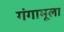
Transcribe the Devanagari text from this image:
गंगामूला